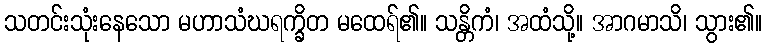
သတင်းသုံးနေသော မဟာသံဃရက္ခိတ မထေရ်၏။ သန္တိကံ၊ အထံသို့။ အာဂမာသိ၊ သွား၏။